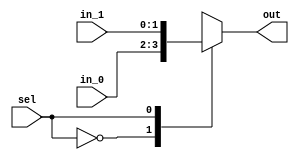
/*
 * Generated by Digital. Don't modify this file!
 * Any changes will be lost if this file is regenerated.
 */

module Mux_2x1_NBits #(
    parameter Bits = 2
)
(
    input [0:0] sel,
    input [(Bits - 1):0] in_0,
    input [(Bits - 1):0] in_1,
    output reg [(Bits - 1):0] out
);
    always @ (*) begin
        case (sel)
            1'h0: out = in_0;
            1'h1: out = in_1;
            default:
                out = 'h0;
        endcase
    end
endmodule


module DIG_D_FF_AS_1bit
#(
    parameter Default = 0
)
(
   input Set,
   input D,
   input C,
   input Clr,
   output Q,
   output \~Q
);
    reg state;

    assign Q = state;
    assign \~Q  = ~state;

    always @ (posedge C or posedge Clr or posedge Set)
    begin
        if (Set)
            state <= 1'b1;
        else if (Clr)
            state <= 'h0;
        else
            state <= D;
    end

    initial begin
        state = Default;
    end
endmodule

module Mux_4x1
(
    input [1:0] sel,
    input in_0,
    input in_1,
    input in_2,
    input in_3,
    output reg out
);
    always @ (*) begin
        case (sel)
            2'h0: out = in_0;
            2'h1: out = in_1;
            2'h2: out = in_2;
            2'h3: out = in_3;
            default:
                out = 'h0;
        endcase
    end
endmodule


module downcounter_new (
  input EN,
  input LOAD,
  input [3:0] IN,
  input CLK,
  input RESET,
  output [3:0] CNT,
  output ZERO
);
  wire s0;
  wire s1;
  wire s2;
  wire s3;
  wire s4;
  wire s5;
  wire s6;
  wire s7;
  wire s8;
  wire s9;
  wire s10;
  wire [1:0] s11;
  wire s12;
  wire s13;
  wire s14;
  wire [1:0] s15;
  wire s16;
  wire s17;
  wire s18;
  wire [1:0] s19;
  wire s20;
  wire s21;
  wire s22;
  wire [1:0] s23;
  assign s11[0] = EN;
  assign s11[1] = LOAD;
  assign s8 = ~ RESET;
  assign s0 = IN[0];
  assign s1 = IN[1];
  assign s2 = IN[2];
  assign s3 = IN[3];
  DIG_D_FF_AS_1bit #(
    .Default(0)
  )
  DIG_D_FF_AS_1bit_i0 (
    .Set( s8 ),
    .D( s9 ),
    .C( CLK ),
    .Clr( 1'b0 ),
    .Q( s4 ),
    .\~Q ( s10 )
  );
  Mux_4x1 Mux_4x1_i1 (
    .sel( s11 ),
    .in_0( s4 ),
    .in_1( s10 ),
    .in_2( s0 ),
    .in_3( s0 ),
    .out( s9 )
  );
  assign s12 = (s10 & EN);
  DIG_D_FF_AS_1bit #(
    .Default(0)
  )
  DIG_D_FF_AS_1bit_i2 (
    .Set( s8 ),
    .D( s13 ),
    .C( CLK ),
    .Clr( 1'b0 ),
    .Q( s5 ),
    .\~Q ( s14 )
  );
  Mux_4x1 Mux_4x1_i3 (
    .sel( s15 ),
    .in_0( s5 ),
    .in_1( s14 ),
    .in_2( s1 ),
    .in_3( s1 ),
    .out( s13 )
  );
  assign s15[0] = s12;
  assign s15[1] = LOAD;
  DIG_D_FF_AS_1bit #(
    .Default(0)
  )
  DIG_D_FF_AS_1bit_i4 (
    .Set( s8 ),
    .D( s17 ),
    .C( CLK ),
    .Clr( 1'b0 ),
    .Q( s6 ),
    .\~Q ( s18 )
  );
  Mux_4x1 Mux_4x1_i5 (
    .sel( s19 ),
    .in_0( s6 ),
    .in_1( s18 ),
    .in_2( s2 ),
    .in_3( s2 ),
    .out( s17 )
  );
  assign s19[0] = s16;
  assign s19[1] = LOAD;
  DIG_D_FF_AS_1bit #(
    .Default(0)
  )
  DIG_D_FF_AS_1bit_i6 (
    .Set( s8 ),
    .D( s21 ),
    .C( CLK ),
    .Clr( 1'b0 ),
    .Q( s7 ),
    .\~Q ( s22 )
  );
  Mux_4x1 Mux_4x1_i7 (
    .sel( s23 ),
    .in_0( s7 ),
    .in_1( s22 ),
    .in_2( s3 ),
    .in_3( s3 ),
    .out( s21 )
  );
  assign s23[0] = s20;
  assign s23[1] = LOAD;
  assign CNT[0] = s4;
  assign CNT[1] = s5;
  assign CNT[2] = s6;
  assign CNT[3] = s7;
  assign s16 = (s14 & s12);
  assign s20 = (s18 & s16);
  assign ZERO = (s22 & s20);
endmodule

module downcounter (
  input rst,
  input count,
  input load,
  input [3:0] pm10,
  input [3:0] pm1,
  input [3:0] ps10,
  input [3:0] ps1,
  input c1khz,
  output [3:0] s1,
  output [3:0] s10,
  output [3:0] m1,
  output [3:0] m10,
  output zero
);
  wire s0;
  wire s2;
  wire [3:0] s3;
  wire s4;
  wire s5;
  wire s6;
  wire s7;
  wire [3:0] s8;
  wire s9;
  wire s11;
  wire [3:0] s12;
  wire s13;
  wire [3:0] s14;
  wire s15;
  wire [3:0] s16;
  wire [3:0] s17;
  wire [3:0] s18;
  wire [3:0] s19;
  wire [3:0] s20;
  wire [3:0] s21;
  wire [3:0] s22;
  wire [3:0] s23;
  wire s24;
  wire [3:0] s25;
  wire [3:0] s26;
  wire [3:0] s27;
  wire [3:0] s28;
  assign s16[0] = 1'b1;
  assign s16[1] = 1'b0;
  assign s16[2] = 1'b0;
  assign s16[3] = 1'b1;
  assign s20[0] = 1'b1;
  assign s20[1] = 1'b0;
  assign s20[2] = 1'b0;
  assign s20[3] = 1'b1;
  assign s18[0] = 1'b1;
  assign s18[1] = 1'b0;
  assign s18[2] = 1'b1;
  assign s18[3] = 1'b0;
  assign s22[0] = 1'b1;
  assign s22[1] = 1'b0;
  assign s22[2] = 1'b0;
  assign s22[3] = 1'b1;
  assign s26[0] = 1'b0;
  assign s26[1] = 1'b0;
  assign s26[2] = 1'b0;
  assign s26[3] = 1'b0;
  assign s25[0] = 1'b0;
  assign s25[1] = 1'b0;
  assign s25[2] = 1'b0;
  assign s25[3] = 1'b0;
  assign s27[0] = 1'b0;
  assign s27[1] = 1'b0;
  assign s27[2] = 1'b0;
  assign s27[3] = 1'b0;
  assign s28[0] = 1'b0;
  assign s28[1] = 1'b0;
  assign s28[2] = 1'b0;
  assign s28[3] = 1'b0;
  assign s24 = ~ rst;
  assign s15 = (s24 | load);
  Mux_2x1_NBits #(
    .Bits(4)
  )
  Mux_2x1_NBits_i0 (
    .sel( s24 ),
    .in_0( pm1 ),
    .in_1( s25 ),
    .out( s17 )
  );
  Mux_2x1_NBits #(
    .Bits(4)
  )
  Mux_2x1_NBits_i1 (
    .sel( s24 ),
    .in_0( pm10 ),
    .in_1( s26 ),
    .out( s23 )
  );
  Mux_2x1_NBits #(
    .Bits(4)
  )
  Mux_2x1_NBits_i2 (
    .sel( s24 ),
    .in_0( ps10 ),
    .in_1( s27 ),
    .out( s19 )
  );
  Mux_2x1_NBits #(
    .Bits(4)
  )
  Mux_2x1_NBits_i3 (
    .sel( s24 ),
    .in_0( ps1 ),
    .in_1( s28 ),
    .out( s21 )
  );
  Mux_2x1_NBits #(
    .Bits(4)
  )
  Mux_2x1_NBits_i4 (
    .sel( s15 ),
    .in_0( s16 ),
    .in_1( s17 ),
    .out( s8 )
  );
  Mux_2x1_NBits #(
    .Bits(4)
  )
  Mux_2x1_NBits_i5 (
    .sel( s15 ),
    .in_0( s18 ),
    .in_1( s19 ),
    .out( s12 )
  );
  Mux_2x1_NBits #(
    .Bits(4)
  )
  Mux_2x1_NBits_i6 (
    .sel( s15 ),
    .in_0( s20 ),
    .in_1( s21 ),
    .out( s14 )
  );
  Mux_2x1_NBits #(
    .Bits(4)
  )
  Mux_2x1_NBits_i7 (
    .sel( s15 ),
    .in_0( s22 ),
    .in_1( s23 ),
    .out( s3 )
  );
  assign s4 = ((s15 & c1khz) | count);
  downcounter_new downcounter_new_i8 (
    .EN( s0 ),
    .LOAD( s2 ),
    .IN( s3 ),
    .CLK( s4 ),
    .RESET( 1'b1 ),
    .CNT( m10 ),
    .ZERO( s5 )
  );
  downcounter_new downcounter_new_i9 (
    .EN( s6 ),
    .LOAD( s7 ),
    .IN( s8 ),
    .CLK( s4 ),
    .RESET( 1'b1 ),
    .CNT( m1 ),
    .ZERO( s0 )
  );
  downcounter_new downcounter_new_i10 (
    .EN( s9 ),
    .LOAD( s11 ),
    .IN( s12 ),
    .CLK( s4 ),
    .RESET( 1'b1 ),
    .CNT( s10 ),
    .ZERO( s6 )
  );
  downcounter_new downcounter_new_i11 (
    .EN( 1'b1 ),
    .LOAD( s13 ),
    .IN( s14 ),
    .CLK( s4 ),
    .RESET( 1'b1 ),
    .CNT( s1 ),
    .ZERO( s9 )
  );
  assign s7 = (s0 | s15);
  assign s11 = (s6 | s15);
  assign s13 = (s9 | s15);
  assign s2 = (s5 | s15);
  assign zero = (s9 & s5 & s0 & s6);
endmodule